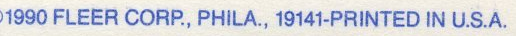
1990 FLEER CORP., PHILA., 19141-PRINTED IN U.S.A.